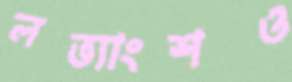
লভ্যাংশও